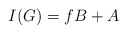
\begin{align*}I(G) = fB+A\end{align*}